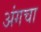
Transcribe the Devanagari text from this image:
अंगचा